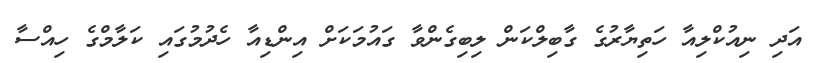
އަދި ނިއުކްލިއާ ހަތިޔާރުގެ ގާބިލްކަން ލިބިގެންވާ ގައުމަކަށް އިންޑިއާ ހެދުމުގައި ކަލާމްގެ ހިއްސާ